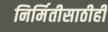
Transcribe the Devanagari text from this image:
निर्मितीसाठीही